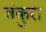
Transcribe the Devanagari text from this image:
बंकुरा